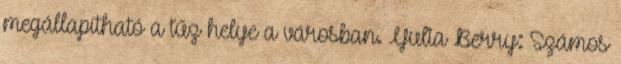
megállapítható a tűz helye a városban. Yulia Berry: Számos